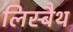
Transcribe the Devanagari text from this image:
लिस्बैथ